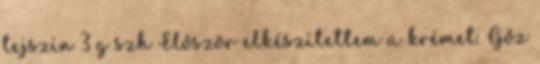
tejszín 3 g szh Először elkészítettem a krémet. Gőz